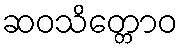
ဆဝသိတ္တောဝ